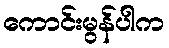
ကောင်းမွန်ပါက